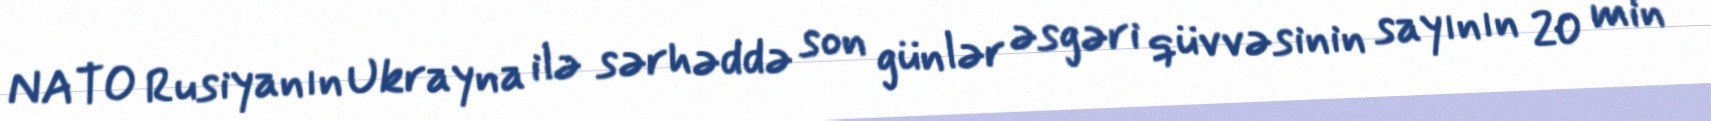
NATO Rusiyanın Ukrayna ilə sərhəddə son günlər əsgəri qüvvəsinin sayının 20 min